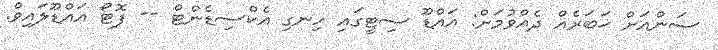
ސަންއަށް ޚަބަރެއް ދެއްވުމަށް: އައްޑޫ ސިޓީގައި ހިނގި އެކްސިޑެންޓް -- ފޮޓޯ އައްޑޫލައިވް.